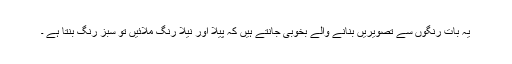
یہ بات رنگوں سے تصویریں بنانے والے بخوبی جانتے ہیں کہ پیلا اور نیلا رنگ ملائیں تو سبز رنگ بنتا ہے ۔